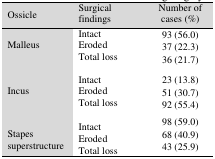
| Ossicle | Surgical findings | Number of cases (%) |
 | --- | --- | --- |
 | Malleus | IntactErodedTotal loss | 93 (56.0)37 (22.3)36 (21.7) |
 | Incus | IntactErodedTotal loss | 23 (13.8)51 (30.7)92 (55.4) |
 | Stapes superstructure | IntactErodedTotal loss | 98 (59.0)68 (40.9)43 (25.9) |